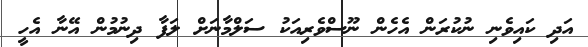
އަދި ކައިވެނި ނުކުރަން އެހެން ނޫސްވެރިއަކު ސަލްމާނަށް ލަފާ ދިނުމުން އޭނާ އެހީ